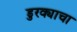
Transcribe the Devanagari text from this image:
डुरक्याचा